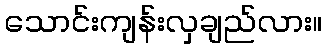
သောင်းကျန်းလှချည်လား။